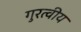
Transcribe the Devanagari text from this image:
गुरत्वीय